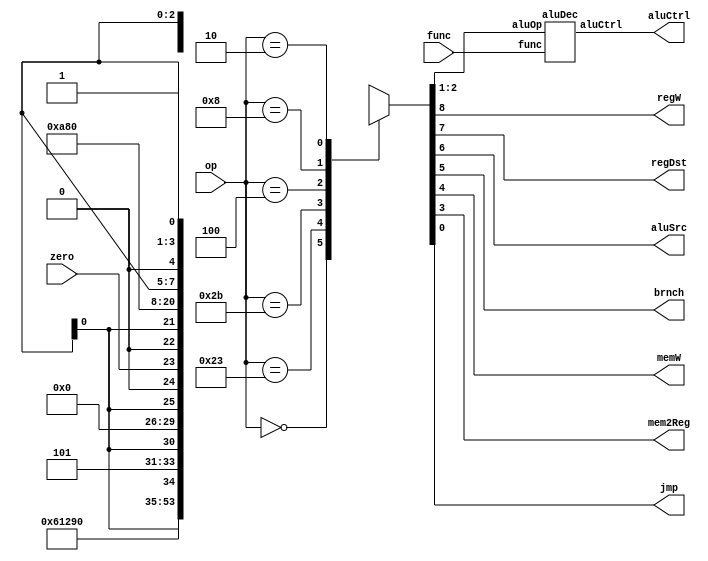
module ctrlogic(op, func, regW, regDst, aluSrc, brnch, memW, mem2Reg, aluCtrl, jmp, zero);

	input 		[5:0] 	op, func;
	input				zero;
	output reg 			regW, regDst, aluSrc, brnch, memW, mem2Reg, jmp;
	output 		[2:0]	aluCtrl;
	reg 		[1:0]	aluOp;

	always@(*)begin

		case(op)
			//R-Type operation
			6'b000000 : {regW, regDst, aluSrc, brnch, memW, mem2Reg, aluOp, jmp} 
							<= 9'b1_1_0_0_0_0_10_0;
			//LW operation
			6'b100011 : {regW, regDst, aluSrc, brnch, memW, mem2Reg, aluOp, jmp} 
							<= 9'b1_0_1_0_0_1_00_0;
			//SW operation
			6'b101011 : {regW, regDst, aluSrc, brnch, memW, mem2Reg, aluOp, jmp} 
							<= 9'b0_X_1_0_1_X_00_0;
			//BEQ operation
			6'b000100 : {regW, regDst, aluSrc, brnch, memW, mem2Reg, aluOp, jmp} 
							<= {3'b0_X_0, zero, 5'b0_X_01_0};
			//ADDI operation
			6'b001000 : {regW, regDst, aluSrc, brnch, memW, mem2Reg, aluOp, jmp} 
							<= 9'b1_0_1_0_0_0_00_0;
			//J operation
			6'b000010 : {regW, regDst, aluSrc, brnch, memW, mem2Reg, aluOp, jmp} 
							<= 9'b0_X_X_X_0_X_XX_1;
			//Undef state
			default	  :	{regW, regDst, aluSrc, brnch, memW, mem2Reg, aluOp, jmp} 
							<= 9'bX_X_X_X_X_X_XX_X;
		endcase // op

	end

	aluDec  al0(aluOp, func, aluCtrl);

endmodule


module aluDec(aluOp, func, aluCtrl);

	input [1:0] aluOp;
	input [5:0]	func;

	output reg [2:0] aluCtrl;

	always@(*)begin

		casex({aluOp, func})

			8'b00_XXXXXX : aluCtrl <= 3'b010;
			8'bX1_XXXXXX : aluCtrl <= 3'b110;
			8'b10_100000 : aluCtrl <= 3'b010;
			8'b10_100010 : aluCtrl <= 3'b110;
			8'b10_100100 : aluCtrl <= 3'b000;
			8'b10_100101 : aluCtrl <= 3'b001;
			8'b10_101010 : aluCtrl <= 3'b111;
			
			default 	 	 : aluCtrl <= 3'bXXX;

		endcase

	end

endmodule